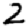
Digit: 2